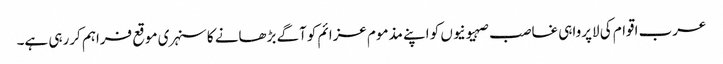
عرب اقوام کی لاپرواہی غاصب صہیونیوں کو اپنے مذموم عزائم کوآگے بڑھانے کا سنہری موقع فراہم کررہی ہے۔